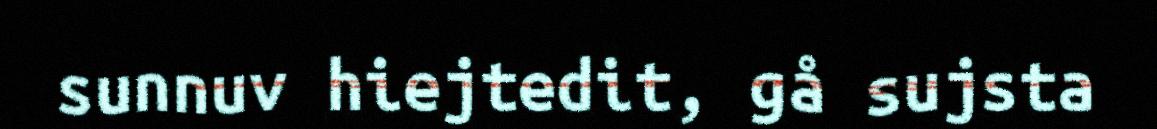
sunnuv hiejtedit, gå sujsta